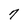
Character: 7